Cholera in India, 1862 to 1881
Year: 1862
Disease focus: Cholera
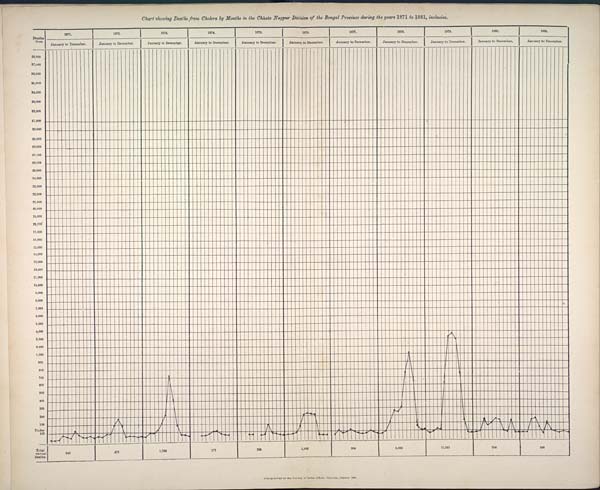
Chart showing Deaths from Cholera by Months in the Chhota Nagpur Division of the Bengal Province during the years 1871 to 1881, inclusive.
Lithographed at the Survey of India Offices, Calcutta, October 1884.